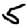
Digit: 5